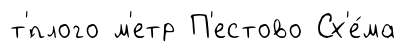
т'́плого м'етр П'естово Сх'е́ма